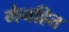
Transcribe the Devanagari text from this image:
मेनहित